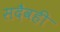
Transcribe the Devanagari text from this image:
सदैवही